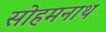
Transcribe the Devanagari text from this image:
सोहमनाथ